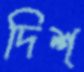
দিশ্